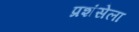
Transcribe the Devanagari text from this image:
प्रशंसेला